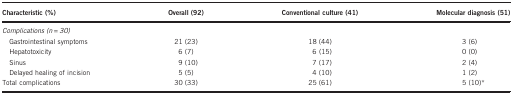
<table><thead><tr><td><b>Characteristic (%)</b></td><td><b>Overall (92)</b></td><td><b>Conventional culture (41)</b></td><td><b>Molecular diagnosis (51)</b></td></tr></thead><tbody><tr><td colspan="4"><i>Complications (n=30)</i></td></tr><tr><td> Gastrointestinal symptoms</td><td>21 (23)</td><td>18 (44)</td><td>3 (6)</td></tr><tr><td> Hepatotoxicity</td><td>6 (7)</td><td>6 (15)</td><td>0 (0)</td></tr><tr><td> Sinus</td><td>9 (10)</td><td>7 (17)</td><td>2 (4)</td></tr><tr><td> Delayed healing of incision</td><td>5 (5)</td><td>4 (10)</td><td>1 (2)</td></tr><tr><td>Total complications</td><td>30 (33)</td><td>25 (61)</td><td>5 (10)*</td></tr></tbody></table>